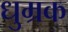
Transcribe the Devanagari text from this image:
धुम्रक